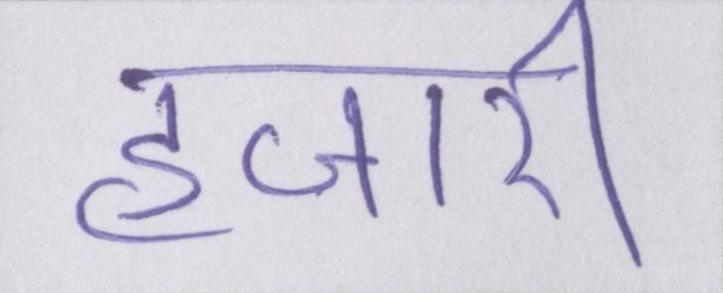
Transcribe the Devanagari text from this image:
हजारी